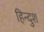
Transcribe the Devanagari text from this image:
हिन्दुश